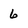
Character: 6